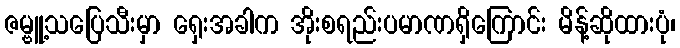
ဇမ္ဗူ့သပြေသီးမှာ ရှေးအခါက အိုးစရည်းပမာဏရှိကြောင်း မိန့်ဆိုထားပုံ၊